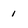
Character: 1